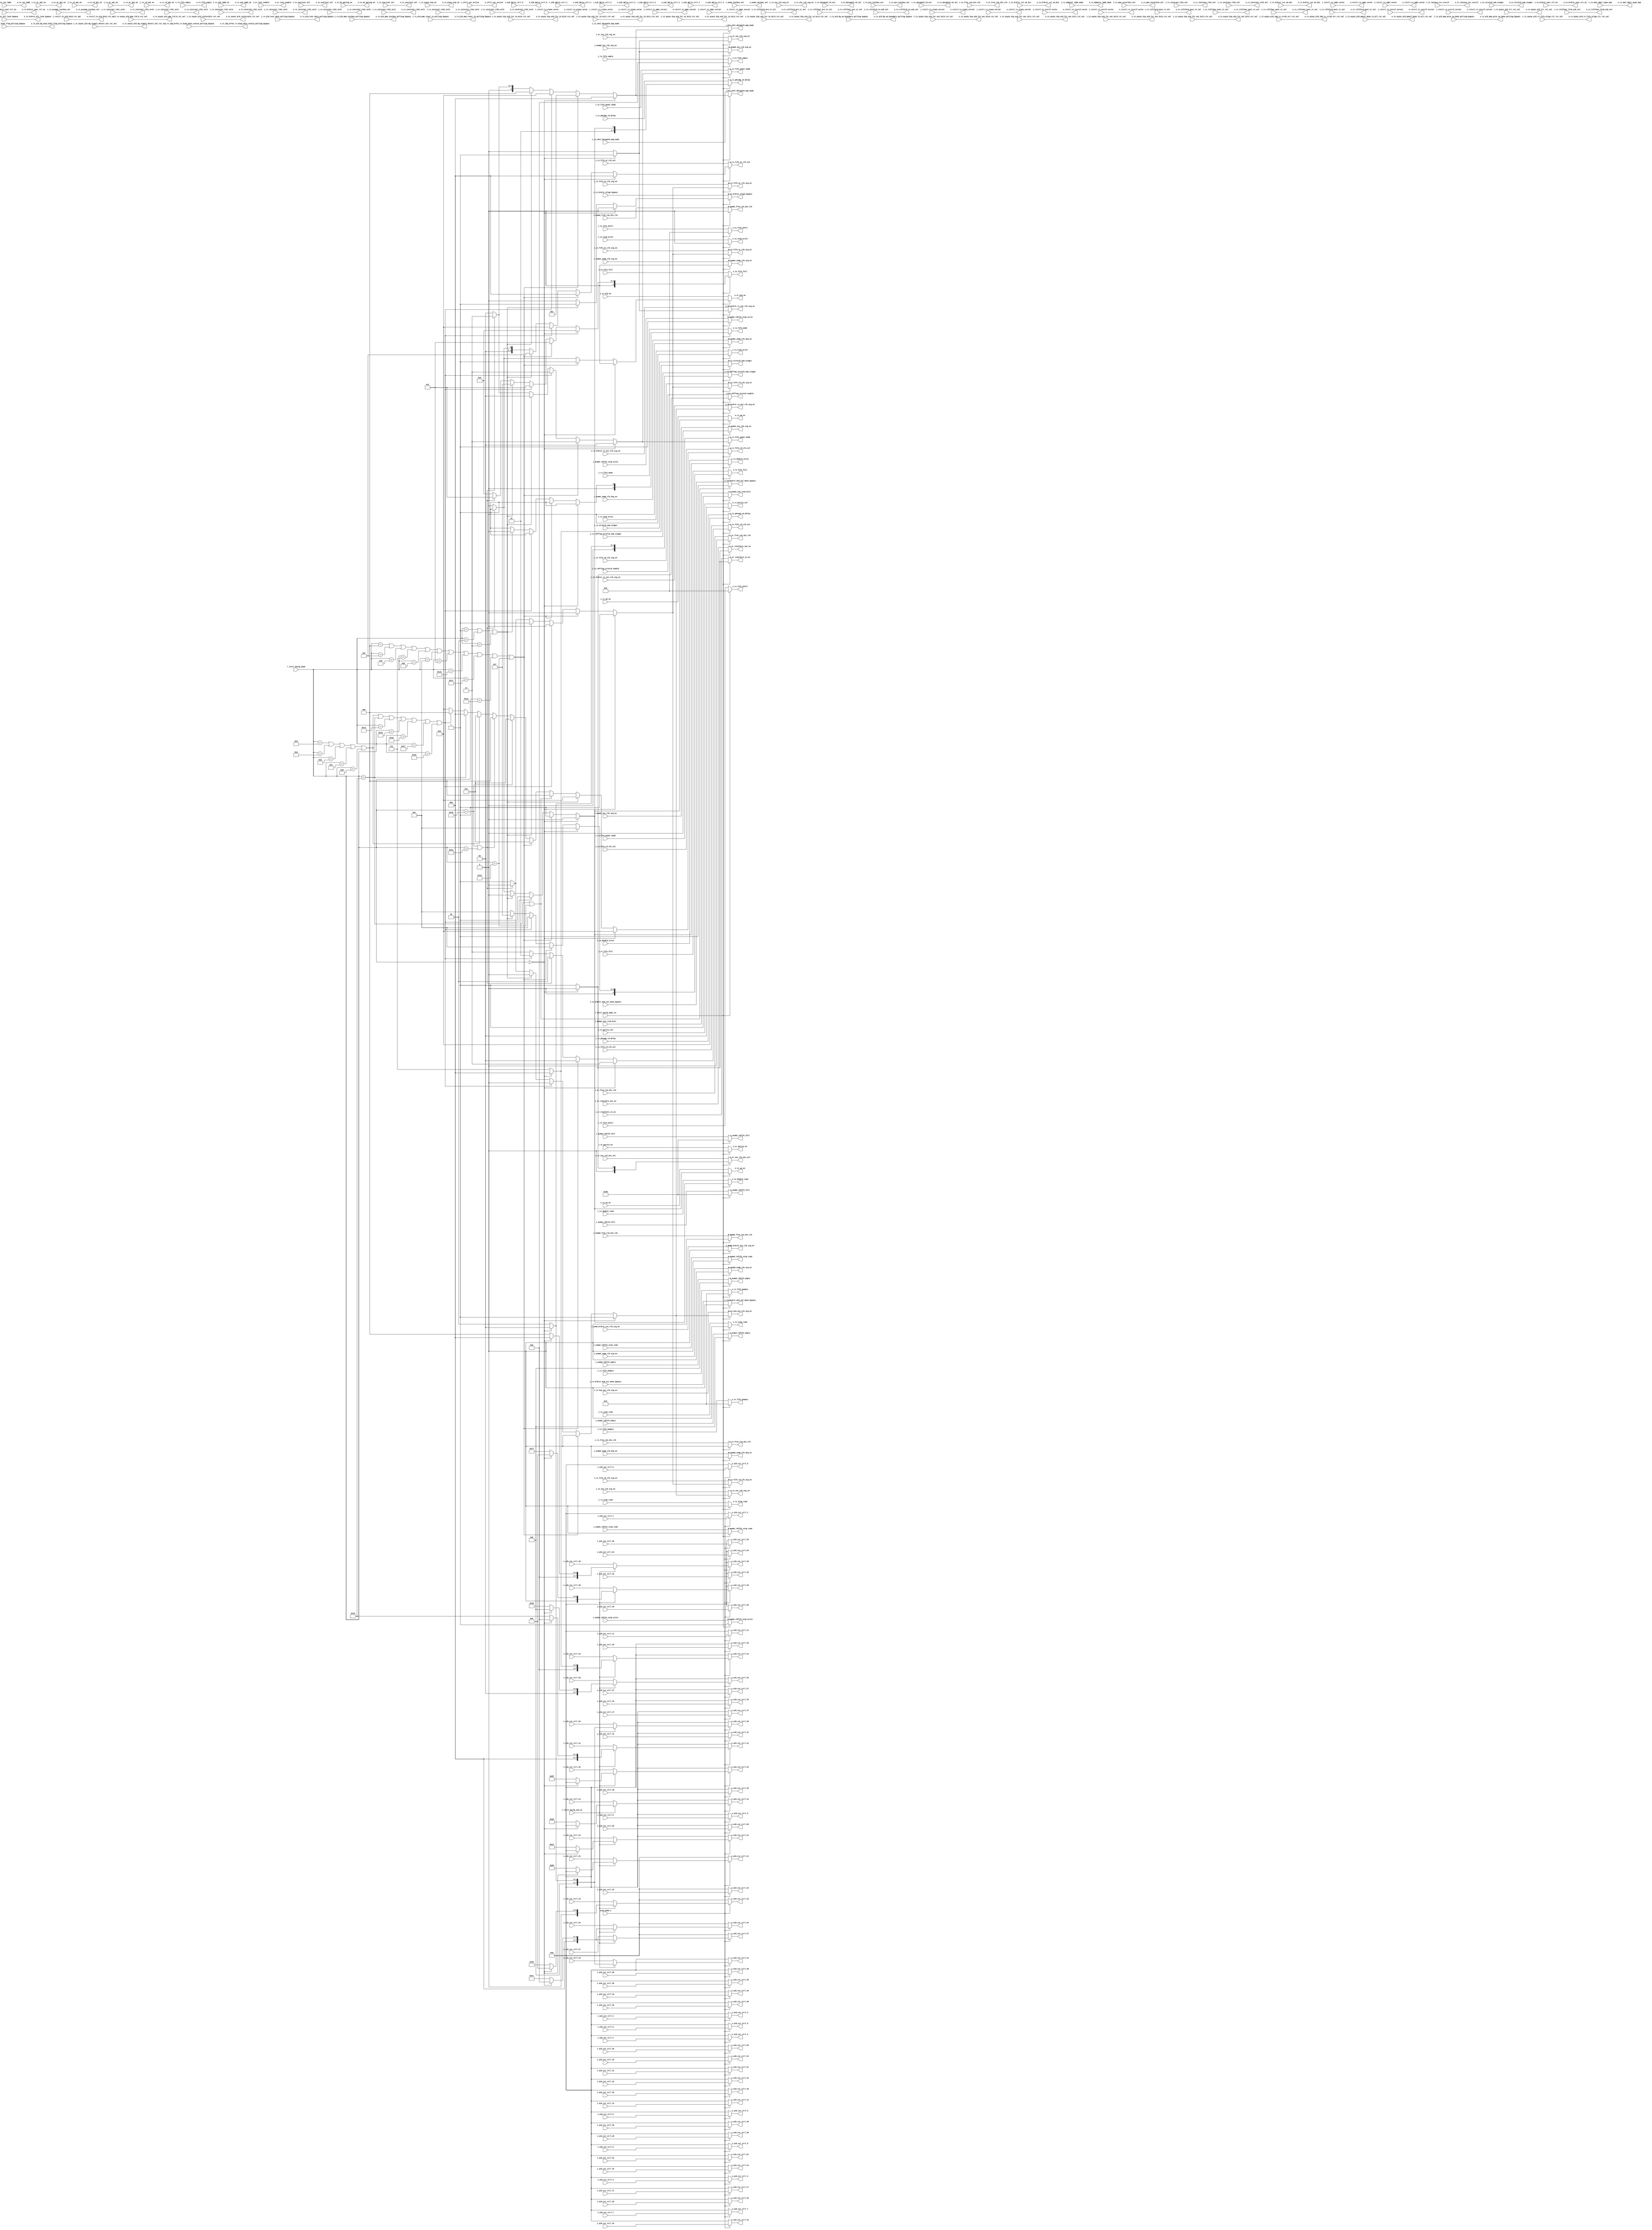
// This program was cloned from: https://github.com/chipsalliance/aib-phy-hardware
// License: Apache License 2.0

// SPDX-License-Identifier: Apache-2.0
// Copyright (C) 2019 Intel Corporation. 
//-----------------------------------------------------------------------------
// Copyright (C) 2015 Altera Corporation.  

//-----------------------------------------------------------------------------
// Description: Hardware-based configuration decoding logic
//
//
//---------------------------------------------------------------------------
//
//
//-----------------------------------------------------------------------------
// Change log
//
//
//
//
//-----------------------------------------------------------------------------
module c3aibadapt_hwcfg_dec (

  output wire           o_ifctl_usr_active,
  output wire [2:0]     o_tx_chnl_datapath_map_mode,
  output wire           o_tx_usertest_sel,
  output wire           o_tx_latency_src_xcvrif,
  output wire [4:0]     o_tx_fifo_empty,
  output wire [4:0]     o_tx_fifo_full,
  output wire [2:0]     o_tx_phcomp_rd_delay,
  output wire           o_tx_double_read,
  output wire           o_tx_stop_read,
  output wire           o_tx_stop_write,
  output wire [4:0]     o_tx_fifo_pempty,
  output wire [4:0]     o_tx_fifo_pfull,
  output wire           o_tx_wa_en,
  output wire [1:0]     o_tx_fifo_power_mode,
  output wire [2:0]     o_tx_stretch_num_stages,
  output wire [2:0]     o_tx_datapath_tb_sel,
  output wire           o_tx_wr_adj_en,
  output wire           o_tx_rd_adj_en,
  output wire           o_tx_async_pld_txelecidle_rst_val,
  output wire           o_tx_async_hip_aib_fsr_in_bit0_rst_val,
  output wire           o_tx_async_hip_aib_fsr_in_bit1_rst_val,
  output wire           o_tx_async_hip_aib_fsr_in_bit2_rst_val,
  output wire           o_tx_async_hip_aib_fsr_in_bit3_rst_val,
  output wire           o_tx_async_pld_pmaif_mask_tx_pll_rst_val,
  output wire           o_tx_async_hip_aib_fsr_out_bit0_rst_val,
  output wire           o_tx_async_hip_aib_fsr_out_bit1_rst_val,
  output wire           o_tx_async_hip_aib_fsr_out_bit2_rst_val,
  output wire           o_tx_async_hip_aib_fsr_out_bit3_rst_val,
  output wire [1:0]     o_tx_fifo_rd_clk_sel,
  output wire           o_tx_fifo_wr_clk_scg_en,
  output wire           o_tx_fifo_rd_clk_scg_en,
  output wire           o_tx_osc_clk_scg_en,
  output wire           o_tx_free_run_div_clk,
  output wire           o_tx_hrdrst_rst_sm_dis,
  output wire           o_tx_hrdrst_dcd_cal_done_bypass,
  output wire           o_tx_hrdrst_dll_lock_bypass,
  output wire           o_tx_hrdrst_align_bypass,
  output wire           o_tx_hrdrst_user_ctl_en,
  output wire           o_tx_hrdrst_rx_osc_clk_scg_en,
  output wire           o_tx_hip_osc_clk_scg_en,
  output wire [2:0]     o_rx_chnl_datapath_map_mode,
  output wire [2:0]     o_rx_pcs_testbus_sel,
  output wire [4:0]     o_rx_fifo_empty,
  output wire [1:0]     o_rx_fifo_mode,
  output wire           o_rx_wm_en,
  output wire [4:0]     o_rx_fifo_full,
  output wire [2:0]     o_rx_phcomp_rd_delay,
  output wire           o_rx_double_write,
  output wire           o_rx_stop_read,
  output wire           o_rx_stop_write,
  output wire [4:0]     o_rx_fifo_pempty,
  output wire [1:0]     o_rx_fifo_power_mode,
  output wire [4:0]     o_rx_fifo_pfull,
  output wire [2:0]     o_rx_stretch_num_stages,
  output wire [3:0]     o_rx_datapath_tb_sel,
  output wire           o_rx_wr_adj_en,
  output wire           o_rx_rd_adj_en,
  output wire           o_rx_msb_rdptr_pipe_byp,
  output wire           o_tx_dv_gating_en,
  output wire [1:0]     o_rx_adapter_lpbk_mode,
  output wire           o_rx_aib_lpbk_en,
  output wire           o_tx_rev_lpbk,
  output wire           o_rx_hrdrst_user_ctl_en,
  output wire [1:0]     o_rx_usertest_sel,
  output wire           o_rx_pld_8g_a1a2_k1k2_flag_polling_bypass,
  output wire           o_rx_10g_krfec_rx_diag_data_status_polling_bypass,
  output wire           o_rx_pld_8g_wa_boundary_polling_bypass,
  output wire           o_rx_pcspma_testbus_sel,
  output wire           o_rx_pld_pma_pcie_sw_done_polling_bypass,
  output wire           o_rx_pld_pma_reser_in_polling_bypass,
  output wire           o_rx_pld_pma_testbus_polling_bypass,
  output wire           o_rx_pld_test_data_polling_bypass,
  output wire           o_rx_async_pld_ltr_rst_val,
  output wire           o_rx_async_pld_pma_ltd_b_rst_val,
  output wire           o_rx_async_pld_8g_signal_detect_out_rst_val,
  output wire           o_rx_async_pld_10g_rx_crc32_err_rst_val,
  output wire           o_rx_async_pld_rx_fifo_align_clr_rst_val,
  output wire           o_rx_async_hip_en,
  output wire   [1:0]   o_rx_parity_sel,
  output wire           o_rx_internal_clk1_sel0,
  output wire           o_rx_internal_clk1_sel1,
  output wire           o_rx_internal_clk1_sel2,
  output wire           o_rx_internal_clk1_sel3,
  output wire           o_rx_txfiford_pre_ct_sel,
  output wire           o_rx_txfiford_post_ct_sel,
  output wire           o_rx_txfifowr_post_ct_sel,
  output wire           o_rx_txfifowr_from_aib_sel,
  output wire           o_rx_pma_coreclkin_sel,
  output wire [2:0]     o_rx_fifo_wr_clk_sel,
  output wire [2:0]     o_rx_fifo_rd_clk_sel,
  output wire [3:0]     o_rx_internal_clk1_sel,
  output wire [3:0]     o_rx_internal_clk2_sel,
  output wire           o_rx_fifo_wr_clk_scg_en,
  output wire           o_rx_fifo_rd_clk_scg_en,
  output wire           o_rx_osc_clk_scg_en,
  output wire           o_rx_free_run_div_clk,
  output wire           o_rx_hrdrst_rst_sm_dis,
  output wire           o_rx_hrdrst_dcd_cal_done_bypass,
  output wire           o_rx_rmfflag_stretch_enable,
  output wire [2:0]     o_rx_rmfflag_stretch_num_stages,
  output wire           o_rx_hrdrst_rx_osc_clk_scg_en,
  output  wire          o_rx_internal_clk2_sel0,
  output  wire          o_rx_internal_clk2_sel1,
  output  wire          o_rx_internal_clk2_sel2,
  output  wire          o_rx_internal_clk2_sel3,
  output  wire          o_rx_rxfifowr_pre_ct_sel,
  output  wire          o_rx_rxfifowr_post_ct_sel,
  output  wire          o_rx_rxfiford_post_ct_sel,
  output  wire          o_rx_rxfiford_to_aib_sel,
  output wire           o_avmm2_osc_clk_scg_en,
  output wire           o_sr_hip_en,
  output wire           o_sr_reserbits_in_en,
  output wire           o_sr_reserbits_out_en,
  output wire           o_sr_osc_clk_scg_en,
  output wire [1:0]     o_sr_osc_clk_div_sel,
  output wire           o_sr_free_run_div_clk,
  output wire           o_sr_test_enable,
  output wire           o_sr_parity_en,
  output wire [7:0]     o_aib_dprio_ctrl_0,
  output wire [7:0]     o_aib_dprio_ctrl_1,
  output wire [7:0]     o_aib_dprio_ctrl_2,
  output wire [7:0]     o_aib_dprio_ctrl_3,
  output wire [7:0]     o_aib_dprio_ctrl_4,
  output wire           o_avmm_hrdrst_osc_clk_scg_en,
  output wire [1:0]     o_avmm_testbus_sel,
  output wire           o_avmm1_osc_clk_scg_en,
  output wire           o_avmm1_avmm_clk_scg_en,
  output wire           o_avmm1_avmm_clk_dcg_en,
  output wire           o_avmm1_free_run_div_clk,
  output wire [5:0]     o_avmm1_rdfifo_full,
  output wire           o_avmm1_rdfifo_stop_read,
  output wire           o_avmm1_rdfifo_stop_write,
  output wire [5:0]     o_avmm1_rdfifo_empty,
  output wire           o_avmm1_use_rsvd_bit1,
  output wire           o_avmm2_avmm_clk_scg_en,
  output wire           o_avmm2_avmm_clk_dcg_en,
  output wire           o_avmm2_free_run_div_clk,
  output wire [5:0]     o_avmm2_rdfifo_full,
  output wire           o_avmm2_rdfifo_stop_read,
  output wire           o_avmm2_rdfifo_stop_write,
  output wire [5:0]     o_avmm2_rdfifo_empty,
  output wire           o_rstctl_tx_elane_ovrval,
  output wire           o_rstctl_tx_elane_ovren,
  output wire           o_rstctl_rx_elane_ovrval,
  output wire           o_rstctl_rx_elane_ovren,
  output wire           o_rstctl_tx_xcvrif_ovrval,
  output wire           o_rstctl_tx_xcvrif_ovren,
  output wire           o_rstctl_rx_xcvrif_ovrval,
  output wire           o_rstctl_rx_xcvrif_ovren,
  output wire           o_rstctl_tx_adpt_ovrval,
  output wire           o_rstctl_tx_adpt_ovren,
  output wire           o_rstctl_rx_adpt_ovrval,
  output wire           o_rstctl_rx_adpt_ovren,
  output wire           o_rstctl_tx_pld_div2_rst_opt ,
  output wire [7:0]     o_aib_csr_ctrl_0,
  output wire [7:0]     o_aib_csr_ctrl_1,
  output wire [7:0]     o_aib_csr_ctrl_2,
  output wire [7:0]     o_aib_csr_ctrl_3,
  output wire [7:0]     o_aib_csr_ctrl_4,
  output wire [7:0]     o_aib_csr_ctrl_5,
  output wire [7:0]     o_aib_csr_ctrl_6,
  output wire [7:0]     o_aib_csr_ctrl_7,
  output wire [7:0]     o_aib_csr_ctrl_8,
  output wire [7:0]     o_aib_csr_ctrl_9,
  output wire [7:0]     o_aib_csr_ctrl_10,
  output wire [7:0]     o_aib_csr_ctrl_11,
  output wire [7:0]     o_aib_csr_ctrl_12,
  output wire [7:0]     o_aib_csr_ctrl_13,
  output wire [7:0]     o_aib_csr_ctrl_14,
  output wire [7:0]     o_aib_csr_ctrl_15,
  output wire [7:0]     o_aib_csr_ctrl_16,
  output wire [7:0]     o_aib_csr_ctrl_17,
  output wire [7:0]     o_aib_csr_ctrl_18,
  output wire [7:0]     o_aib_csr_ctrl_19,
  output wire [7:0]     o_aib_csr_ctrl_20,
  output wire [7:0]     o_aib_csr_ctrl_21,
  output wire [7:0]     o_aib_csr_ctrl_22,
  output wire [7:0]     o_aib_csr_ctrl_23,
  output wire [7:0]     o_aib_csr_ctrl_24,
  output wire [7:0]     o_aib_csr_ctrl_25,
  output wire [7:0]     o_aib_csr_ctrl_26,
  output wire [7:0]     o_aib_csr_ctrl_27,
  output wire [7:0]     o_aib_csr_ctrl_28,
  output wire [7:0]     o_aib_csr_ctrl_29,
  output wire [7:0]     o_aib_csr_ctrl_30,
  output wire [7:0]     o_aib_csr_ctrl_31,
  output wire [7:0]     o_aib_csr_ctrl_32,
  output wire [7:0]     o_aib_csr_ctrl_33,
  output wire [7:0]     o_aib_csr_ctrl_34,
  output wire [7:0]     o_aib_csr_ctrl_35,
  output wire [7:0]     o_aib_csr_ctrl_36,
  output wire [7:0]     o_aib_csr_ctrl_37,
  output wire [7:0]     o_aib_csr_ctrl_38,
  output wire [7:0]     o_aib_csr_ctrl_39,
  output wire [7:0]     o_aib_csr_ctrl_40,
  output wire [7:0]     o_aib_csr_ctrl_41,
  output wire [7:0]     o_aib_csr_ctrl_42,
  output wire [7:0]     o_aib_csr_ctrl_43,
  output wire [7:0]     o_aib_csr_ctrl_44,
  output wire [7:0]     o_aib_csr_ctrl_45,
  output wire [7:0]     o_aib_csr_ctrl_46,
  output wire [7:0]     o_aib_csr_ctrl_47,
  output wire [7:0]     o_aib_csr_ctrl_48,
  output wire [7:0]     o_aib_csr_ctrl_49,
  output wire [7:0]     o_aib_csr_ctrl_50,
  output wire [7:0]     o_aib_csr_ctrl_51,
  output wire [7:0]     o_aib_csr_ctrl_52,
  output wire [7:0]     o_aib_csr_ctrl_53,
  
  input  wire           scan_mode_n,
  input  wire           r_ifctl_hwcfg_aib_en,
  input  wire           r_ifctl_hwcfg_adpt_en,
  input  wire [6:0]     r_ifctl_hwcfg_mode,
  input  wire           i_ifctl_usr_active,
  input  wire [2:0]     i_tx_chnl_datapath_map_mode,
  input  wire           i_tx_usertest_sel,
  input  wire           i_tx_latency_src_xcvrif,
  input  wire [4:0]     i_tx_fifo_empty,
  input  wire [4:0]     i_tx_fifo_full,
  input  wire [2:0]     i_tx_phcomp_rd_delay,
  input  wire           i_tx_double_read,
  input  wire           i_tx_stop_read,
  input  wire           i_tx_stop_write,
  input  wire [4:0]     i_tx_fifo_pempty,
  input  wire [4:0]     i_tx_fifo_pfull,
  input  wire           i_tx_wa_en,
  input  wire [1:0]     i_tx_fifo_power_mode,
  input  wire [2:0]     i_tx_stretch_num_stages,
  input  wire [2:0]     i_tx_datapath_tb_sel,
  input  wire           i_tx_wr_adj_en,
  input  wire           i_tx_rd_adj_en,
  input  wire           i_tx_async_pld_txelecidle_rst_val,
  input  wire           i_tx_async_hip_aib_fsr_in_bit0_rst_val,
  input  wire           i_tx_async_hip_aib_fsr_in_bit1_rst_val,
  input  wire           i_tx_async_hip_aib_fsr_in_bit2_rst_val,
  input  wire           i_tx_async_hip_aib_fsr_in_bit3_rst_val,
  input  wire           i_tx_async_pld_pmaif_mask_tx_pll_rst_val,
  input  wire           i_tx_async_hip_aib_fsr_out_bit0_rst_val,
  input  wire           i_tx_async_hip_aib_fsr_out_bit1_rst_val,
  input  wire           i_tx_async_hip_aib_fsr_out_bit2_rst_val,
  input  wire           i_tx_async_hip_aib_fsr_out_bit3_rst_val,
  input  wire [1:0]     i_tx_fifo_rd_clk_sel,
  input  wire           i_tx_fifo_wr_clk_scg_en,
  input  wire           i_tx_fifo_rd_clk_scg_en,
  input  wire           i_tx_osc_clk_scg_en,
  input  wire           i_tx_free_run_div_clk,
  input  wire           i_tx_hrdrst_rst_sm_dis,
  input  wire           i_tx_hrdrst_dcd_cal_done_bypass,
  input  wire           i_tx_hrdrst_dll_lock_bypass,
  input  wire           i_tx_hrdrst_align_bypass,
  input  wire           i_tx_hrdrst_user_ctl_en,
  input  wire           i_tx_hrdrst_rx_osc_clk_scg_en,
  input  wire           i_tx_hip_osc_clk_scg_en,
  input  wire [2:0]     i_rx_chnl_datapath_map_mode,
  input  wire [2:0]     i_rx_pcs_testbus_sel,
  input  wire [4:0]     i_rx_fifo_empty,
  input  wire [1:0]     i_rx_fifo_mode,
  input  wire           i_rx_wm_en,
  input  wire [4:0]     i_rx_fifo_full,
  input  wire [2:0]     i_rx_phcomp_rd_delay,
  input  wire           i_rx_double_write,
  input  wire           i_rx_stop_read,
  input  wire           i_rx_stop_write,
  input  wire [4:0]     i_rx_fifo_pempty,
  input  wire [1:0]     i_rx_fifo_power_mode,
  input  wire [4:0]     i_rx_fifo_pfull,
  input  wire [2:0]     i_rx_stretch_num_stages,
  input  wire [3:0]     i_rx_datapath_tb_sel,
  input  wire           i_rx_wr_adj_en,
  input  wire           i_rx_rd_adj_en,
  input  wire           i_rx_msb_rdptr_pipe_byp,
  input  wire           i_tx_dv_gating_en,
  input  wire [1:0]     i_rx_adapter_lpbk_mode,
  input  wire           i_rx_aib_lpbk_en,
  input  wire           i_tx_rev_lpbk,
  input  wire           i_rx_hrdrst_user_ctl_en,
  input  wire [1:0]     i_rx_usertest_sel,
  input  wire           i_rx_pld_8g_a1a2_k1k2_flag_polling_bypass,
  input  wire           i_rx_10g_krfec_rx_diag_data_status_polling_bypass,
  input  wire           i_rx_pld_8g_wa_boundary_polling_bypass,
  input  wire           i_rx_pcspma_testbus_sel,
  input  wire           i_rx_pld_pma_pcie_sw_done_polling_bypass,
  input  wire           i_rx_pld_pma_reser_in_polling_bypass,
  input  wire           i_rx_pld_pma_testbus_polling_bypass,
  input  wire           i_rx_pld_test_data_polling_bypass,
  input  wire           i_rx_async_pld_ltr_rst_val,
  input  wire           i_rx_async_pld_pma_ltd_b_rst_val,
  input  wire           i_rx_async_pld_8g_signal_detect_out_rst_val,
  input  wire           i_rx_async_pld_10g_rx_crc32_err_rst_val,
  input  wire           i_rx_async_pld_rx_fifo_align_clr_rst_val,
  input  wire           i_rx_async_hip_en,
  input  wire   [1:0]   i_rx_parity_sel,
  input  wire           i_rx_internal_clk1_sel0,
  input  wire           i_rx_internal_clk1_sel1,
  input  wire           i_rx_internal_clk1_sel2,
  input  wire           i_rx_internal_clk1_sel3,
  input  wire           i_rx_txfiford_pre_ct_sel,
  input  wire           i_rx_txfiford_post_ct_sel,
  input  wire           i_rx_txfifowr_post_ct_sel,
  input  wire           i_rx_txfifowr_from_aib_sel,
  input  wire           i_rx_pma_coreclkin_sel,
  input  wire [2:0]     i_rx_fifo_wr_clk_sel,
  input  wire [2:0]     i_rx_fifo_rd_clk_sel,
  input  wire [3:0]     i_rx_internal_clk1_sel,
  input  wire [3:0]     i_rx_internal_clk2_sel,
  input  wire           i_rx_fifo_wr_clk_scg_en,
  input  wire           i_rx_fifo_rd_clk_scg_en,
  input  wire           i_rx_osc_clk_scg_en,
  input  wire           i_rx_free_run_div_clk,
  input  wire           i_rx_hrdrst_rst_sm_dis,
  input  wire           i_rx_hrdrst_dcd_cal_done_bypass,
  input  wire           i_rx_rmfflag_stretch_enable,
  input  wire [2:0]     i_rx_rmfflag_stretch_num_stages,
  input  wire           i_rx_hrdrst_rx_osc_clk_scg_en,
  input   wire          i_rx_internal_clk2_sel0,
  input   wire          i_rx_internal_clk2_sel1,
  input   wire          i_rx_internal_clk2_sel2,
  input   wire          i_rx_internal_clk2_sel3,
  input   wire          i_rx_rxfifowr_pre_ct_sel,
  input   wire          i_rx_rxfifowr_post_ct_sel,
  input   wire          i_rx_rxfiford_post_ct_sel,
  input   wire          i_rx_rxfiford_to_aib_sel,
  input  wire           i_avmm2_osc_clk_scg_en,
  input  wire           i_sr_hip_en,
  input  wire           i_sr_reserbits_in_en,
  input  wire           i_sr_reserbits_out_en,
  input  wire           i_sr_osc_clk_scg_en,
  input  wire [1:0]     i_sr_osc_clk_div_sel,
  input  wire           i_sr_free_run_div_clk,
  input  wire           i_sr_test_enable,
  input  wire           i_sr_parity_en,
  input  wire [7:0]     i_aib_dprio_ctrl_0,
  input  wire [7:0]     i_aib_dprio_ctrl_1,
  input  wire [7:0]     i_aib_dprio_ctrl_2,
  input  wire [7:0]     i_aib_dprio_ctrl_3,
  input  wire [7:0]     i_aib_dprio_ctrl_4,
  input  wire           i_avmm_hrdrst_osc_clk_scg_en,
  input  wire [1:0]     i_avmm_testbus_sel,
  input  wire           i_avmm1_osc_clk_scg_en,
  input  wire           i_avmm1_avmm_clk_scg_en,
  input  wire           i_avmm1_avmm_clk_dcg_en,
  input  wire           i_avmm1_free_run_div_clk,
  input  wire [5:0]     i_avmm1_rdfifo_full,
  input  wire           i_avmm1_rdfifo_stop_read,
  input  wire           i_avmm1_rdfifo_stop_write,
  input  wire [5:0]     i_avmm1_rdfifo_empty,
  input  wire           i_avmm1_use_rsvd_bit1,
  input  wire           i_avmm2_avmm_clk_scg_en,
  input  wire           i_avmm2_avmm_clk_dcg_en,
  input  wire           i_avmm2_free_run_div_clk,
  input  wire [5:0]     i_avmm2_rdfifo_full,
  input  wire           i_avmm2_rdfifo_stop_read,
  input  wire           i_avmm2_rdfifo_stop_write,
  input  wire [5:0]     i_avmm2_rdfifo_empty,
  input  wire           i_rstctl_tx_elane_ovrval,
  input  wire           i_rstctl_tx_elane_ovren,
  input  wire           i_rstctl_rx_elane_ovrval,
  input  wire           i_rstctl_rx_elane_ovren,
  input  wire           i_rstctl_tx_xcvrif_ovrval,
  input  wire           i_rstctl_tx_xcvrif_ovren,
  input  wire           i_rstctl_rx_xcvrif_ovrval,
  input  wire           i_rstctl_rx_xcvrif_ovren,
  input  wire           i_rstctl_tx_adpt_ovrval,
  input  wire           i_rstctl_tx_adpt_ovren,
  input  wire           i_rstctl_rx_adpt_ovrval,
  input  wire           i_rstctl_rx_adpt_ovren,
  input  wire           i_rstctl_tx_pld_div2_rst_opt ,
  input  wire [7:0]     i_aib_csr_ctrl_0,
  input  wire [7:0]     i_aib_csr_ctrl_1,
  input  wire [7:0]     i_aib_csr_ctrl_2,
  input  wire [7:0]     i_aib_csr_ctrl_3,
  input  wire [7:0]     i_aib_csr_ctrl_4,
  input  wire [7:0]     i_aib_csr_ctrl_5,
  input  wire [7:0]     i_aib_csr_ctrl_6,
  input  wire [7:0]     i_aib_csr_ctrl_7,
  input  wire [7:0]     i_aib_csr_ctrl_8,
  input  wire [7:0]     i_aib_csr_ctrl_9,
  input  wire [7:0]     i_aib_csr_ctrl_10,
  input  wire [7:0]     i_aib_csr_ctrl_11,
  input  wire [7:0]     i_aib_csr_ctrl_12,
  input  wire [7:0]     i_aib_csr_ctrl_13,
  input  wire [7:0]     i_aib_csr_ctrl_14,
  input  wire [7:0]     i_aib_csr_ctrl_15,
  input  wire [7:0]     i_aib_csr_ctrl_16,
  input  wire [7:0]     i_aib_csr_ctrl_17,
  input  wire [7:0]     i_aib_csr_ctrl_18,
  input  wire [7:0]     i_aib_csr_ctrl_19,
  input  wire [7:0]     i_aib_csr_ctrl_20,
  input  wire [7:0]     i_aib_csr_ctrl_21,
  input  wire [7:0]     i_aib_csr_ctrl_22,
  input  wire [7:0]     i_aib_csr_ctrl_23,
  input  wire [7:0]     i_aib_csr_ctrl_24,
  input  wire [7:0]     i_aib_csr_ctrl_25,
  input  wire [7:0]     i_aib_csr_ctrl_26,
  input  wire [7:0]     i_aib_csr_ctrl_27,
  input  wire [7:0]     i_aib_csr_ctrl_28,
  input  wire [7:0]     i_aib_csr_ctrl_29,
  input  wire [7:0]     i_aib_csr_ctrl_30,
  input  wire [7:0]     i_aib_csr_ctrl_31,
  input  wire [7:0]     i_aib_csr_ctrl_32,
  input  wire [7:0]     i_aib_csr_ctrl_33,
  input  wire [7:0]     i_aib_csr_ctrl_34,
  input  wire [7:0]     i_aib_csr_ctrl_35,
  input  wire [7:0]     i_aib_csr_ctrl_36,
  input  wire [7:0]     i_aib_csr_ctrl_37,
  input  wire [7:0]     i_aib_csr_ctrl_38,
  input  wire [7:0]     i_aib_csr_ctrl_39,
  input  wire [7:0]     i_aib_csr_ctrl_40,
  input  wire [7:0]     i_aib_csr_ctrl_41,
  input  wire [7:0]     i_aib_csr_ctrl_42,
  input  wire [7:0]     i_aib_csr_ctrl_43,
  input  wire [7:0]     i_aib_csr_ctrl_44,
  input  wire [7:0]     i_aib_csr_ctrl_45,
  input  wire [7:0]     i_aib_csr_ctrl_46,
  input  wire [7:0]     i_aib_csr_ctrl_47,
  input  wire [7:0]     i_aib_csr_ctrl_48,
  input  wire [7:0]     i_aib_csr_ctrl_49,
  input  wire [7:0]     i_aib_csr_ctrl_50,
  input  wire [7:0]     i_aib_csr_ctrl_51,
  input  wire [7:0]     i_aib_csr_ctrl_52,
  input  wire [7:0]     i_aib_csr_ctrl_53 
);

localparam DISABLED_BLOCK        = 7'b000_0000;
localparam PMA_DIR_SC            = 7'b000_0001;
localparam PMA_DIR_DC_P0         = 7'b000_0010;
localparam PMA_DIR_DC_P1         = 7'b000_0011;
localparam EHIP_4CH_P0           = 7'b000_0100;
localparam EHIP_4CH_P1           = 7'b000_0101;
localparam EHIP_4CH_P2           = 7'b000_0110;
localparam EHIP_4CH_P3           = 7'b000_0111;
localparam EHIP_4CH_P4           = 7'b000_1000;
localparam ELANE_1CH_P0          = 7'b000_1001;
localparam ELANE_1CH_P1          = 7'b000_1010;
localparam ELANE_1CH_P2          = 7'b000_1011;
localparam ELANE_1CH_P3          = 7'b000_1100;
localparam ELANE_1CH_P4          = 7'b000_1101;
localparam EHIP_4CH_FEC_P0       = 7'b000_1110;
localparam EHIP_4CH_FEC_P1       = 7'b000_1111;
localparam EHIP_4CH_FEC_P2       = 7'b001_0000;
localparam EHIP_4CH_FEC_P3       = 7'b001_0001;
localparam EHIP_4CH_FEC_P4       = 7'b001_0010;
localparam EHIP_4CH_PTP_FEC      = 7'b001_0011;
localparam ELANE_1CH_FEC_4CH_P0  = 7'b001_0100;
localparam ELANE_1CH_FEC_4CH_P1  = 7'b001_0101;
localparam ELANE_1CH_FEC_4CH_P2  = 7'b001_0110;
localparam ELANE_1CH_FEC_4CH_P3  = 7'b001_0111;
localparam ELANE_1CH_FEC_4CH_P4  = 7'b001_1000;
localparam ELANE_1CH_FEC_4CH_PTP = 7'b001_1001;
localparam DIRFEC_1CH_DIRFEC_4CH = 7'b001_1010;
localparam DIRFEC_100G           = 7'b001_1011;

localparam ADPT_ENABLE              = 1'b1;
localparam ADPT_DISABLE             = 1'b0;
localparam MAP_TX_DIS               = 3'b000;
localparam MAP_TX_EHIP              = 3'b001;
localparam MAP_TX_ELANE             = 3'b010;
localparam MAP_TX_PMADIR            = 3'b100;
localparam MAP_TX_RSFEC             = 3'b011;
localparam MAP_RX_DIS               = 3'b000;
localparam MAP_RX_EHIP              = 3'b001;
localparam MAP_RX_ELANE             = 3'b010;
localparam MAP_RX_RSFEC             = 3'b011;
localparam MAP_RX_PMADIR            = 3'b100;
localparam TXFIFO_EMPTY             = 5'b0_0000;
localparam TXFIFOFULL_SW            = 5'b0_0111;
localparam TXFIFOFULL_DW            = 5'b0_1111;
localparam PHCOMP_RD_DEL2           = 3'b010;
localparam PHCOMP_RD_DEL3           = 3'b011;
localparam RXFIFOMODE_PHCOMP        = 2'b01;
localparam RXFIFOMODE_BYPASS        = 2'b00;
localparam RXFIFOFULL_SW            = 5'b00111;
localparam RXFIFOFULL_DW            = 5'b01110;
localparam FIFOSTOPRD_EMPTY         = 1'b0;
localparam FIFOSTOPWR_FULL          = 1'b0;
localparam HALF_W_HALF_D            = 2'b00;
localparam FULL_W_FULL_D            = 2'b11;
localparam ZERO_STAGE               = 3'b000;
localparam SEVEN_STAGE              = 3'b111;
localparam RXFIFOWRCLK_RX_EHIP      = 3'b000;
localparam RXFIFOWRCLK_RX_RSFEC     = 3'b001;
localparam RXFIFOWRCLK_RX_ELANE     = 3'b010;
localparam RXFIFOWRCLK_XFER_DIV2    = 3'b101;
localparam RXFIFORDCLK_RX_PMA       = 3'b010;
localparam RXFIFORDCLK_TX_PMA       = 3'b011;
localparam RXFIFORDCLK_TX_XFER      = 3'b100;
localparam RXFIFORDCLK_RX_EHIP_FRD  = 3'b000;
localparam OUT_OF_RESET_SYNC        = 1'b0;
localparam RMFFLAG_ZERO_STAGE       = 3'b000;
localparam RMFFLAG_TWO_STAGE        = 3'b010;
localparam NO_DIV                   = 2'b00;
localparam DIV2                     = 2'b01;
localparam AVMM1_OUT_OF_RESET_SYNC  = 1'b0;
localparam AVMM1_RDFIFO_N_RD_EMPTY  = 1'b0;
localparam AVMM1_RDFIFO_N_WR_FULL   = 1'b1;
localparam AVMM2_OUT_OF_RESET_SYNC  = 1'b0;
localparam AVMM2_RDFIFO_N_RD_EMPTY  = 1'b0;
localparam AVMM2_RDFIFO_N_WR_FULL   = 1'b1;
localparam TXFIFORDCLK_TX_EHIP      = 2'b00;
localparam TXFIFORDCLK_TX_ELANE     = 2'b01;
localparam TXFIFORDCLK_TX_RSFEC     = 2'b10;
localparam TXFIFORDCLK_TX_XFER_DIV2 = 2'b11;
localparam SRPARITY_FUNC_SEL        = 2'b00;

wire block_disabled;
wire mode_pmadir;
wire mode_ehip;
wire mode_elane_pcs_rc;
wire mode_rsfec;
wire mode_dirfec;
wire mode_elane_ptp;
wire mode_elane_1ch;
wire mode_ptp_active;

assign block_disabled = (r_ifctl_hwcfg_mode == DISABLED_BLOCK);

assign mode_dirfec = (r_ifctl_hwcfg_mode == DIRFEC_100G);
assign mode_rsfec  = mode_dirfec || (r_ifctl_hwcfg_mode == DIRFEC_1CH_DIRFEC_4CH);

assign mode_pmadir = (r_ifctl_hwcfg_mode == PMA_DIR_SC)    ||
                     (r_ifctl_hwcfg_mode == PMA_DIR_DC_P0) ||
                     (r_ifctl_hwcfg_mode == PMA_DIR_DC_P1);

assign mode_ehip   = (r_ifctl_hwcfg_mode == EHIP_4CH_P0)     ||
                     (r_ifctl_hwcfg_mode == EHIP_4CH_P1)     ||
                     (r_ifctl_hwcfg_mode == EHIP_4CH_P2)     ||
                     (r_ifctl_hwcfg_mode == EHIP_4CH_P3)     ||
                     (r_ifctl_hwcfg_mode == EHIP_4CH_P4)     ||
                     (r_ifctl_hwcfg_mode == EHIP_4CH_FEC_P0) ||
                     (r_ifctl_hwcfg_mode == EHIP_4CH_FEC_P1) ||
                     (r_ifctl_hwcfg_mode == EHIP_4CH_FEC_P2) ||
                     (r_ifctl_hwcfg_mode == EHIP_4CH_FEC_P3) ||
                     (r_ifctl_hwcfg_mode == EHIP_4CH_FEC_P4) ||
                     (r_ifctl_hwcfg_mode == EHIP_4CH_PTP_FEC);

assign mode_elane_ptp    = (r_ifctl_hwcfg_mode == ELANE_1CH_FEC_4CH_PTP);

assign mode_elane_1ch    = (r_ifctl_hwcfg_mode == ELANE_1CH_P0)          ||
                           (r_ifctl_hwcfg_mode == ELANE_1CH_P1)          ||
                           (r_ifctl_hwcfg_mode == ELANE_1CH_P2)          ||
                           (r_ifctl_hwcfg_mode == ELANE_1CH_P3)          ||
                           (r_ifctl_hwcfg_mode == ELANE_1CH_P4);

assign mode_elane_pcs_rc = mode_elane_1ch                                ||
                           mode_elane_ptp                                ||
                           (r_ifctl_hwcfg_mode == ELANE_1CH_FEC_4CH_P0)  ||
                           (r_ifctl_hwcfg_mode == ELANE_1CH_FEC_4CH_P1)  ||
                           (r_ifctl_hwcfg_mode == ELANE_1CH_FEC_4CH_P2)  ||
                           (r_ifctl_hwcfg_mode == ELANE_1CH_FEC_4CH_P3)  ||
                           (r_ifctl_hwcfg_mode == ELANE_1CH_FEC_4CH_P4);

assign mode_ptp_active   = (r_ifctl_hwcfg_mode == ELANE_1CH_FEC_4CH_PTP) ||
                           (r_ifctl_hwcfg_mode == EHIP_4CH_PTP_FEC);

assign o_ifctl_usr_active                                =  i_ifctl_usr_active;
assign o_tx_chnl_datapath_map_mode                       =  r_ifctl_hwcfg_adpt_en ? 
                                                            block_disabled        ? MAP_TX_DIS    : 
                                                            mode_ehip             ? MAP_TX_EHIP   : 
                                                            mode_elane_pcs_rc     ? MAP_TX_ELANE  : 
                                                            mode_pmadir           ? MAP_TX_PMADIR : 
                                                            mode_rsfec            ? MAP_TX_RSFEC  : MAP_TX_DIS
                                                                                  : i_tx_chnl_datapath_map_mode;
assign o_tx_usertest_sel                                 =  i_tx_usertest_sel;
assign o_tx_latency_src_xcvrif                           =  i_tx_latency_src_xcvrif;
assign o_tx_fifo_empty                                   =  r_ifctl_hwcfg_adpt_en ? TXFIFO_EMPTY : i_tx_fifo_empty;
assign o_tx_fifo_full                                    =  r_ifctl_hwcfg_adpt_en ?
                                                            block_disabled        ? 5'd5          : 
                                                            mode_ehip             ? TXFIFOFULL_DW : 
                                                            mode_elane_pcs_rc     ? TXFIFOFULL_DW : 
                                                            mode_pmadir           ? TXFIFOFULL_SW : 
                                                            mode_rsfec            ? TXFIFOFULL_DW : 5'd5  
                                                                                  : i_tx_fifo_full;
assign o_tx_phcomp_rd_delay                              =  r_ifctl_hwcfg_adpt_en ? PHCOMP_RD_DEL2 : i_tx_phcomp_rd_delay;
assign o_tx_double_read                                  =  r_ifctl_hwcfg_adpt_en ?
                                                            block_disabled        ? ADPT_DISABLE :
                                                            mode_ehip             ? ADPT_ENABLE  : 
                                                            mode_elane_pcs_rc     ? ADPT_ENABLE  : 
                                                            mode_pmadir           ? ADPT_DISABLE : 
                                                            mode_rsfec            ? ADPT_ENABLE  : ADPT_DISABLE
                                                                                  : i_tx_double_read;

assign o_tx_stop_read                                    =  r_ifctl_hwcfg_adpt_en ? FIFOSTOPRD_EMPTY : i_tx_stop_read;
assign o_tx_stop_write                                   =  r_ifctl_hwcfg_adpt_en ? FIFOSTOPWR_FULL  : i_tx_stop_write;

assign o_tx_fifo_pempty                                  =  r_ifctl_hwcfg_adpt_en ? 5'd2 : i_tx_fifo_pempty;

assign o_tx_fifo_pfull                                   =  r_ifctl_hwcfg_adpt_en ? 5'd5 : i_tx_fifo_pfull;
assign o_tx_wa_en                                        =  r_ifctl_hwcfg_adpt_en ?
                                                            block_disabled        ? ADPT_DISABLE   : 
                                                            mode_ehip             ? ADPT_ENABLE    :
                                                            mode_elane_pcs_rc     ? ADPT_ENABLE    :
                                                            mode_pmadir           ? ADPT_DISABLE   :
                                                            mode_rsfec            ? ADPT_ENABLE    : ADPT_DISABLE
                                                                                  : i_tx_wa_en;
assign o_tx_fifo_power_mode                              =  r_ifctl_hwcfg_adpt_en ?
                                                            block_disabled        ? HALF_W_HALF_D : 
                                                            mode_ehip             ? FULL_W_FULL_D : 
                                                            mode_elane_pcs_rc     ? FULL_W_FULL_D : 
                                                            mode_pmadir           ? HALF_W_HALF_D : 
                                                            mode_rsfec            ? FULL_W_FULL_D : HALF_W_HALF_D
                                                                                  : i_tx_fifo_power_mode;
assign o_tx_stretch_num_stages                           =  i_tx_stretch_num_stages;
assign o_tx_datapath_tb_sel                              =  i_tx_datapath_tb_sel;
assign o_tx_wr_adj_en                                    =  i_tx_wr_adj_en;
assign o_tx_rd_adj_en                                    =  i_tx_rd_adj_en;
assign o_tx_async_pld_txelecidle_rst_val                 =  i_tx_async_pld_txelecidle_rst_val;
assign o_tx_async_hip_aib_fsr_in_bit0_rst_val            =  i_tx_async_hip_aib_fsr_in_bit0_rst_val;
assign o_tx_async_hip_aib_fsr_in_bit1_rst_val            =  i_tx_async_hip_aib_fsr_in_bit1_rst_val;
assign o_tx_async_hip_aib_fsr_in_bit2_rst_val            =  i_tx_async_hip_aib_fsr_in_bit2_rst_val;
assign o_tx_async_hip_aib_fsr_in_bit3_rst_val            =  i_tx_async_hip_aib_fsr_in_bit3_rst_val;
assign o_tx_async_pld_pmaif_mask_tx_pll_rst_val          =  i_tx_async_pld_pmaif_mask_tx_pll_rst_val;
assign o_tx_async_hip_aib_fsr_out_bit0_rst_val           =  i_tx_async_hip_aib_fsr_out_bit0_rst_val;
assign o_tx_async_hip_aib_fsr_out_bit1_rst_val           =  i_tx_async_hip_aib_fsr_out_bit1_rst_val;
assign o_tx_async_hip_aib_fsr_out_bit2_rst_val           =  i_tx_async_hip_aib_fsr_out_bit2_rst_val;
assign o_tx_async_hip_aib_fsr_out_bit3_rst_val           =  i_tx_async_hip_aib_fsr_out_bit3_rst_val;
assign o_tx_fifo_rd_clk_sel                              =  r_ifctl_hwcfg_adpt_en ?
                                                            block_disabled        ? TXFIFORDCLK_TX_XFER_DIV2 : 
                                                            mode_ehip             ? TXFIFORDCLK_TX_EHIP      : 
                                                            mode_rsfec            ? TXFIFORDCLK_TX_RSFEC     :
                                                            mode_elane_pcs_rc     ? TXFIFORDCLK_TX_ELANE     : TXFIFORDCLK_TX_XFER_DIV2
                                                                                  : i_tx_fifo_rd_clk_sel;
assign o_tx_fifo_wr_clk_scg_en                           =  r_ifctl_hwcfg_adpt_en ?
                                                            block_disabled        ? ADPT_ENABLE  : 
                                                            mode_ehip             ? ADPT_DISABLE : 
                                                            mode_elane_pcs_rc     ? ADPT_DISABLE : 
                                                            mode_pmadir           ? ADPT_ENABLE  : 
                                                            mode_rsfec            ? ADPT_DISABLE : ADPT_ENABLE
                                                                                  : i_tx_fifo_wr_clk_scg_en;
assign o_tx_fifo_rd_clk_scg_en                           =  r_ifctl_hwcfg_adpt_en ?
                                                            block_disabled        ? ADPT_ENABLE  : 
                                                            mode_ehip             ? ADPT_DISABLE : 
                                                            mode_elane_pcs_rc     ? ADPT_DISABLE : 
                                                            mode_pmadir           ? ADPT_ENABLE  : 
                                                            mode_rsfec            ? ADPT_DISABLE : ADPT_ENABLE
                                                                                  : i_tx_fifo_rd_clk_scg_en;
assign o_tx_osc_clk_scg_en                               =  r_ifctl_hwcfg_adpt_en ?
                                                            block_disabled        ? ADPT_ENABLE  :
                                                            mode_ehip             ? ADPT_DISABLE : 
                                                            mode_elane_pcs_rc     ? ADPT_DISABLE : 
                                                            mode_pmadir           ? ADPT_DISABLE : 
                                                            mode_rsfec            ? ADPT_DISABLE : ADPT_ENABLE
                                                                                  : i_tx_osc_clk_scg_en;
assign o_tx_free_run_div_clk                             =  i_tx_free_run_div_clk;
assign o_tx_hrdrst_rst_sm_dis                            =  i_tx_hrdrst_rst_sm_dis;
assign o_tx_hrdrst_dcd_cal_done_bypass                   =  mode_ptp_active ? ADPT_ENABLE : i_tx_hrdrst_dcd_cal_done_bypass;
assign o_tx_hrdrst_dll_lock_bypass                       =  i_tx_hrdrst_dll_lock_bypass;
assign o_tx_hrdrst_align_bypass                          =  r_ifctl_hwcfg_adpt_en ? 
                                                            block_disabled        ? ADPT_DISABLE  :
                                                            mode_pmadir           ? ADPT_ENABLE   : ADPT_DISABLE
                                                                                  : i_tx_hrdrst_align_bypass;
assign o_tx_hrdrst_user_ctl_en                           =  i_tx_hrdrst_user_ctl_en;
assign o_tx_hrdrst_rx_osc_clk_scg_en                     =  r_ifctl_hwcfg_adpt_en ? 
                                                            block_disabled        ? ADPT_ENABLE  : 
                                                            mode_ehip             ? ADPT_DISABLE : 
                                                            mode_elane_pcs_rc     ? ADPT_DISABLE : 
                                                            mode_pmadir           ? ADPT_DISABLE : 
                                                            mode_rsfec            ? ADPT_DISABLE : ADPT_ENABLE
                                                                                  : i_tx_hrdrst_rx_osc_clk_scg_en;
assign o_tx_hip_osc_clk_scg_en                           =  r_ifctl_hwcfg_adpt_en ?
                                                            block_disabled        ? ADPT_ENABLE  : 
                                                            mode_ehip             ? ADPT_DISABLE : 
                                                            mode_elane_pcs_rc     ? ADPT_DISABLE : 
                                                            mode_pmadir           ? ADPT_DISABLE : 
                                                            mode_rsfec            ? ADPT_DISABLE : ADPT_ENABLE
                                                                                  : i_tx_hip_osc_clk_scg_en;
assign o_rx_chnl_datapath_map_mode                       =  r_ifctl_hwcfg_adpt_en ?
                                                            block_disabled        ? MAP_RX_DIS    : 
                                                            mode_ehip             ? MAP_RX_EHIP   : 
                                                            mode_elane_pcs_rc     ? MAP_RX_ELANE  : 
                                                            mode_pmadir           ? MAP_RX_PMADIR : 
                                                            mode_rsfec            ? MAP_RX_RSFEC  : MAP_RX_DIS
                                                                                  : i_rx_chnl_datapath_map_mode;
assign o_rx_pcs_testbus_sel                              =  i_rx_pcs_testbus_sel;
assign o_rx_fifo_empty                                   =  i_rx_fifo_empty;
assign o_rx_fifo_mode                                    =  r_ifctl_hwcfg_adpt_en ? 
                                                            block_disabled        ? RXFIFOMODE_PHCOMP : 
                                                            mode_ehip             ? RXFIFOMODE_PHCOMP : 
                                                            mode_elane_pcs_rc     ? RXFIFOMODE_PHCOMP : 
                                                            mode_pmadir           ? RXFIFOMODE_BYPASS : 
                                                            mode_rsfec            ? RXFIFOMODE_PHCOMP : RXFIFOMODE_PHCOMP
                                                                                  : i_rx_fifo_mode;
assign o_rx_wm_en                                        =  r_ifctl_hwcfg_adpt_en ?
                                                            block_disabled        ? ADPT_DISABLE : 
                                                            mode_ehip             ? ADPT_ENABLE  : 
                                                            mode_elane_pcs_rc     ? ADPT_ENABLE  : 
                                                            mode_pmadir           ? ADPT_DISABLE : 
                                                            mode_rsfec            ? ADPT_ENABLE  : ADPT_DISABLE
                                                                                  : i_rx_wm_en;
assign o_rx_fifo_full                                    =  r_ifctl_hwcfg_adpt_en ?
                                                            block_disabled        ? RXFIFOFULL_DW : 
                                                            mode_ehip             ? RXFIFOFULL_DW : 
                                                            mode_elane_pcs_rc     ? RXFIFOFULL_DW : 
                                                            mode_pmadir           ? RXFIFOFULL_SW : 
                                                            mode_rsfec            ? RXFIFOFULL_DW : RXFIFOFULL_DW
                                                                                  : i_rx_fifo_full;
assign o_rx_phcomp_rd_delay                              =  r_ifctl_hwcfg_adpt_en ?
                                                            block_disabled        ? PHCOMP_RD_DEL2 :
                                                            mode_ehip             ? PHCOMP_RD_DEL3 : 
                                                            mode_elane_pcs_rc     ? PHCOMP_RD_DEL3 : 
                                                            mode_pmadir           ? PHCOMP_RD_DEL2 : 
                                                            mode_rsfec            ? PHCOMP_RD_DEL3 : PHCOMP_RD_DEL2
                                                                                  : i_rx_phcomp_rd_delay;
assign o_rx_double_write                                 =  r_ifctl_hwcfg_adpt_en ?
                                                            block_disabled        ? ADPT_DISABLE :
                                                            mode_ehip             ? ADPT_ENABLE  : 
                                                            mode_elane_pcs_rc     ? ADPT_ENABLE  : 
                                                            mode_pmadir           ? ADPT_DISABLE : 
                                                            mode_rsfec            ? ADPT_ENABLE  : ADPT_DISABLE
                                                                                  : i_rx_double_write;
assign o_rx_stop_read                                    =  r_ifctl_hwcfg_adpt_en ? FIFOSTOPRD_EMPTY : i_rx_stop_read;
assign o_rx_stop_write                                   =  r_ifctl_hwcfg_adpt_en ? FIFOSTOPWR_FULL  : i_rx_stop_write;
assign o_rx_fifo_pempty                                  =  r_ifctl_hwcfg_adpt_en ? 5'd2             : i_rx_fifo_pempty;
assign o_rx_fifo_power_mode                              =  r_ifctl_hwcfg_adpt_en ?
                                                            block_disabled        ? HALF_W_HALF_D :
                                                            mode_ehip             ? FULL_W_FULL_D : 
                                                            mode_elane_pcs_rc     ? FULL_W_FULL_D : 
                                                            mode_pmadir           ? HALF_W_HALF_D : 
                                                            mode_rsfec            ? FULL_W_FULL_D : HALF_W_HALF_D
                                                                                  : i_rx_fifo_power_mode;
assign o_rx_fifo_pfull                                   =  r_ifctl_hwcfg_adpt_en ? 5'd5 : i_rx_fifo_pfull;
assign o_rx_stretch_num_stages                           =  r_ifctl_hwcfg_adpt_en ? 
                                                            block_disabled        ? ZERO_STAGE : SEVEN_STAGE
                                                                                  : i_rx_stretch_num_stages;
assign o_rx_datapath_tb_sel                              =  i_rx_datapath_tb_sel;
assign o_rx_wr_adj_en                                    =  i_rx_wr_adj_en;
assign o_rx_rd_adj_en                                    =  i_rx_rd_adj_en;
assign o_rx_msb_rdptr_pipe_byp                           =  i_rx_msb_rdptr_pipe_byp;
assign o_tx_dv_gating_en                                 =  i_tx_dv_gating_en;
assign o_rx_adapter_lpbk_mode                            =  i_rx_adapter_lpbk_mode;
assign o_rx_aib_lpbk_en                                  =  i_rx_aib_lpbk_en;
assign o_tx_rev_lpbk                                     =  i_tx_rev_lpbk;
assign o_rx_hrdrst_user_ctl_en                           =  i_rx_hrdrst_user_ctl_en;
assign o_rx_usertest_sel                                 =  i_rx_usertest_sel;
assign o_rx_pld_8g_a1a2_k1k2_flag_polling_bypass         =  i_rx_pld_8g_a1a2_k1k2_flag_polling_bypass;
assign o_rx_10g_krfec_rx_diag_data_status_polling_bypass =  i_rx_10g_krfec_rx_diag_data_status_polling_bypass;
assign o_rx_pld_8g_wa_boundary_polling_bypass            =  i_rx_pld_8g_wa_boundary_polling_bypass;
assign o_rx_pcspma_testbus_sel                           =  i_rx_pcspma_testbus_sel;
assign o_rx_pld_pma_pcie_sw_done_polling_bypass          =  i_rx_pld_pma_pcie_sw_done_polling_bypass;
assign o_rx_pld_pma_reser_in_polling_bypass              =  i_rx_pld_pma_reser_in_polling_bypass;
assign o_rx_pld_pma_testbus_polling_bypass               =  i_rx_pld_pma_testbus_polling_bypass;
assign o_rx_pld_test_data_polling_bypass                 =  i_rx_pld_test_data_polling_bypass;
assign o_rx_async_pld_ltr_rst_val                        =  i_rx_async_pld_ltr_rst_val;
assign o_rx_async_pld_pma_ltd_b_rst_val                  =  i_rx_async_pld_pma_ltd_b_rst_val;
assign o_rx_async_pld_8g_signal_detect_out_rst_val       =  i_rx_async_pld_8g_signal_detect_out_rst_val;
assign o_rx_async_pld_10g_rx_crc32_err_rst_val           =  i_rx_async_pld_10g_rx_crc32_err_rst_val;
assign o_rx_async_pld_rx_fifo_align_clr_rst_val          =  i_rx_async_pld_rx_fifo_align_clr_rst_val;
assign o_rx_async_hip_en                                 =  i_rx_async_hip_en;
assign o_rx_parity_sel                                   =  r_ifctl_hwcfg_adpt_en ? SRPARITY_FUNC_SEL : i_rx_parity_sel;
assign o_rx_internal_clk1_sel0                           =  i_rx_internal_clk1_sel0;
assign o_rx_internal_clk1_sel1                           =  i_rx_internal_clk1_sel1;
assign o_rx_internal_clk1_sel2                           =  i_rx_internal_clk1_sel2;
assign o_rx_internal_clk1_sel3                           =  i_rx_internal_clk1_sel3;
assign o_rx_txfiford_pre_ct_sel                          =  i_rx_txfiford_pre_ct_sel;
assign o_rx_txfiford_post_ct_sel                         =  i_rx_txfiford_post_ct_sel;
assign o_rx_txfifowr_post_ct_sel                         =  i_rx_txfifowr_post_ct_sel;
assign o_rx_txfifowr_from_aib_sel                        =  i_rx_txfifowr_from_aib_sel;
assign o_rx_pma_coreclkin_sel                            =  i_rx_pma_coreclkin_sel;
assign o_rx_fifo_wr_clk_sel                              =  r_ifctl_hwcfg_adpt_en ? 
                                                            block_disabled        ? RXFIFOWRCLK_RX_EHIP   : 
                                                            mode_ehip             ? RXFIFOWRCLK_RX_EHIP   : 
                                                            mode_elane_pcs_rc     ? RXFIFOWRCLK_RX_ELANE  : 
                                                            mode_pmadir           ? RXFIFOWRCLK_XFER_DIV2 :
                                                            mode_rsfec            ? RXFIFOWRCLK_RX_RSFEC  : RXFIFOWRCLK_RX_EHIP
                                                                                  : i_rx_fifo_wr_clk_sel;
assign o_rx_fifo_rd_clk_sel                              =  r_ifctl_hwcfg_adpt_en ?
                                                            block_disabled        ? RXFIFORDCLK_RX_PMA      :
                                                            mode_pmadir           ? RXFIFORDCLK_RX_PMA      :
                                                            mode_ptp_active       ? RXFIFORDCLK_TX_XFER     :
                                                            mode_ehip             ? RXFIFORDCLK_TX_PMA      : 
                                                            mode_dirfec           ? RXFIFORDCLK_TX_PMA      : 
                                                            mode_rsfec            ? RXFIFORDCLK_TX_XFER     : 
                                                            mode_elane_1ch        ? RXFIFORDCLK_TX_PMA      : 
                                                            mode_elane_ptp        ? RXFIFORDCLK_RX_EHIP_FRD : 
                                                            mode_elane_pcs_rc     ? RXFIFORDCLK_TX_XFER     : RXFIFORDCLK_RX_PMA 
                                                                                  : i_rx_fifo_rd_clk_sel;
assign o_rx_internal_clk1_sel                            =  i_rx_internal_clk1_sel;
assign o_rx_internal_clk2_sel                            =  i_rx_internal_clk2_sel;
assign o_rx_fifo_wr_clk_scg_en                           =  r_ifctl_hwcfg_adpt_en ? 
                                                            block_disabled        ? ADPT_ENABLE  : 
                                                            mode_ehip             ? ADPT_DISABLE : 
                                                            mode_elane_pcs_rc     ? ADPT_DISABLE : 
                                                            mode_pmadir           ? ADPT_ENABLE  : 
                                                            mode_rsfec            ? ADPT_DISABLE : ADPT_ENABLE
                                                                                  : i_rx_fifo_wr_clk_scg_en;
assign o_rx_fifo_rd_clk_scg_en                           =  r_ifctl_hwcfg_adpt_en ?
                                                            block_disabled        ? ADPT_ENABLE  : 
                                                            mode_ehip             ? ADPT_DISABLE : 
                                                            mode_elane_pcs_rc     ? ADPT_DISABLE : 
                                                            mode_pmadir           ? ADPT_ENABLE  : 
                                                            mode_rsfec            ? ADPT_DISABLE : ADPT_ENABLE
                                                                                  : i_rx_fifo_rd_clk_scg_en;
assign o_rx_osc_clk_scg_en                               =  i_rx_osc_clk_scg_en;
assign o_rx_free_run_div_clk                             =  r_ifctl_hwcfg_adpt_en ? OUT_OF_RESET_SYNC : i_rx_free_run_div_clk;
assign o_rx_hrdrst_rst_sm_dis                            =  i_rx_hrdrst_rst_sm_dis;
assign o_rx_hrdrst_dcd_cal_done_bypass                   =  r_ifctl_hwcfg_adpt_en ? ADPT_DISABLE : i_rx_hrdrst_dcd_cal_done_bypass;
assign o_rx_rmfflag_stretch_enable                       =  r_ifctl_hwcfg_adpt_en ?
                                                            block_disabled        ? ADPT_DISABLE : ADPT_ENABLE 
                                                                                  : i_rx_rmfflag_stretch_enable;
assign o_rx_rmfflag_stretch_num_stages                   =  r_ifctl_hwcfg_adpt_en ? 
                                                            block_disabled        ? RMFFLAG_ZERO_STAGE : RMFFLAG_TWO_STAGE 
                                                                                  : i_rx_rmfflag_stretch_num_stages;
assign o_rx_hrdrst_rx_osc_clk_scg_en                     =  r_ifctl_hwcfg_adpt_en ?
                                                            block_disabled        ? ADPT_ENABLE : ADPT_DISABLE 
                                                                                  : i_rx_hrdrst_rx_osc_clk_scg_en;
assign o_rx_internal_clk2_sel0                           =  i_rx_internal_clk2_sel0;
assign o_rx_internal_clk2_sel1                           =  i_rx_internal_clk2_sel1;
assign o_rx_internal_clk2_sel2                           =  i_rx_internal_clk2_sel2;
assign o_rx_internal_clk2_sel3                           =  i_rx_internal_clk2_sel3;
assign o_rx_rxfifowr_pre_ct_sel                          =  i_rx_rxfifowr_pre_ct_sel;
assign o_rx_rxfifowr_post_ct_sel                         =  i_rx_rxfifowr_post_ct_sel;
assign o_rx_rxfiford_post_ct_sel                         =  i_rx_rxfiford_post_ct_sel;
assign o_rx_rxfiford_to_aib_sel                          =  i_rx_rxfiford_to_aib_sel;
assign o_avmm2_osc_clk_scg_en                            =  r_ifctl_hwcfg_adpt_en ? 
                                                            block_disabled        ? ADPT_ENABLE : ADPT_DISABLE 
                                                                                  : i_avmm2_osc_clk_scg_en;
assign o_sr_hip_en                                       =  r_ifctl_hwcfg_adpt_en ?
                                                            block_disabled        ? ADPT_DISABLE :
                                                            mode_ehip             ? ADPT_ENABLE  : 
                                                            mode_rsfec            ? ADPT_ENABLE  :  ADPT_DISABLE
                                                                                  : i_sr_hip_en;
assign o_sr_reserbits_in_en                              =  r_ifctl_hwcfg_adpt_en ?
                                                            block_disabled        ? ADPT_DISABLE : ADPT_ENABLE
                                                                                  : i_sr_reserbits_in_en;
assign o_sr_reserbits_out_en                             =  r_ifctl_hwcfg_adpt_en ?
                                                            block_disabled        ? ADPT_DISABLE : ADPT_ENABLE
                                                                                  : i_sr_reserbits_out_en;
assign o_sr_osc_clk_scg_en                               =  r_ifctl_hwcfg_adpt_en ?
                                                            block_disabled        ? ADPT_ENABLE : ADPT_DISABLE
                                                                                  : i_sr_osc_clk_scg_en;
assign o_sr_osc_clk_div_sel                              =  r_ifctl_hwcfg_adpt_en ?
                                                            block_disabled        ? NO_DIV : DIV2
                                                                                  : i_sr_osc_clk_div_sel;
assign o_sr_free_run_div_clk                             =  r_ifctl_hwcfg_adpt_en ? OUT_OF_RESET_SYNC : i_sr_free_run_div_clk;
assign o_sr_test_enable                                  =  i_sr_test_enable;
assign o_sr_parity_en                                    =  r_ifctl_hwcfg_adpt_en ? ADPT_DISABLE : i_sr_parity_en;
assign o_aib_dprio_ctrl_0                                =  i_aib_dprio_ctrl_0;
assign o_aib_dprio_ctrl_1                                =  i_aib_dprio_ctrl_1;
assign o_aib_dprio_ctrl_2                                =  i_aib_dprio_ctrl_2;
assign o_aib_dprio_ctrl_3                                =  i_aib_dprio_ctrl_3;
assign o_aib_dprio_ctrl_4                                =  i_aib_dprio_ctrl_4;
assign o_avmm_hrdrst_osc_clk_scg_en                      =  r_ifctl_hwcfg_adpt_en ? ADPT_DISABLE            : i_avmm_hrdrst_osc_clk_scg_en;
assign o_avmm_testbus_sel                                =  i_avmm_testbus_sel;
assign o_avmm1_osc_clk_scg_en                            =  r_ifctl_hwcfg_adpt_en ? ADPT_DISABLE            : i_avmm1_osc_clk_scg_en;
assign o_avmm1_avmm_clk_scg_en                           =  r_ifctl_hwcfg_adpt_en ? ADPT_DISABLE            : i_avmm1_avmm_clk_scg_en;
assign o_avmm1_avmm_clk_dcg_en                           =  r_ifctl_hwcfg_adpt_en ? ADPT_DISABLE            : i_avmm1_avmm_clk_dcg_en;
assign o_avmm1_free_run_div_clk                          =  r_ifctl_hwcfg_adpt_en ? AVMM1_OUT_OF_RESET_SYNC : i_avmm1_free_run_div_clk;
assign o_avmm1_rdfifo_full                               =  r_ifctl_hwcfg_adpt_en ? 6'b111000               : i_avmm1_rdfifo_full;
assign o_avmm1_rdfifo_stop_read                          =  r_ifctl_hwcfg_adpt_en ? AVMM1_RDFIFO_N_RD_EMPTY : i_avmm1_rdfifo_stop_read;
assign o_avmm1_rdfifo_stop_write                         =  r_ifctl_hwcfg_adpt_en ? AVMM1_RDFIFO_N_WR_FULL  : i_avmm1_rdfifo_stop_write;
assign o_avmm1_rdfifo_empty                              =  r_ifctl_hwcfg_adpt_en ? 6'b000000               : i_avmm1_rdfifo_empty;
assign o_avmm1_use_rsvd_bit1                             =  r_ifctl_hwcfg_adpt_en ? 1'b1                    : i_avmm1_use_rsvd_bit1;
assign o_avmm2_avmm_clk_scg_en                           =  r_ifctl_hwcfg_adpt_en ? ADPT_DISABLE            : i_avmm2_avmm_clk_scg_en;
assign o_avmm2_avmm_clk_dcg_en                           =  r_ifctl_hwcfg_adpt_en ? ADPT_DISABLE            : i_avmm2_avmm_clk_dcg_en;
assign o_avmm2_free_run_div_clk                          =  r_ifctl_hwcfg_adpt_en ? AVMM2_OUT_OF_RESET_SYNC : i_avmm2_free_run_div_clk;
assign o_avmm2_rdfifo_full                               =  r_ifctl_hwcfg_adpt_en ? 6'b111000               : i_avmm2_rdfifo_full;
assign o_avmm2_rdfifo_stop_read                          =  r_ifctl_hwcfg_adpt_en ? AVMM2_RDFIFO_N_RD_EMPTY : i_avmm2_rdfifo_stop_read;
assign o_avmm2_rdfifo_stop_write                         =  r_ifctl_hwcfg_adpt_en ? AVMM2_RDFIFO_N_WR_FULL  : i_avmm2_rdfifo_stop_write;
assign o_avmm2_rdfifo_empty                              =  r_ifctl_hwcfg_adpt_en ? 6'b000000               : i_avmm2_rdfifo_empty;
assign o_rstctl_tx_elane_ovrval                          =  i_rstctl_tx_elane_ovrval;
assign o_rstctl_tx_elane_ovren                           =  i_rstctl_tx_elane_ovren;
assign o_rstctl_rx_elane_ovrval                          =  i_rstctl_rx_elane_ovrval;
assign o_rstctl_rx_elane_ovren                           =  i_rstctl_rx_elane_ovren;
assign o_rstctl_tx_xcvrif_ovrval                         =  i_rstctl_tx_xcvrif_ovrval;
assign o_rstctl_tx_xcvrif_ovren                          =  i_rstctl_tx_xcvrif_ovren;
assign o_rstctl_rx_xcvrif_ovrval                         =  i_rstctl_rx_xcvrif_ovrval;
assign o_rstctl_rx_xcvrif_ovren                          =  i_rstctl_rx_xcvrif_ovren;
assign o_rstctl_tx_adpt_ovrval                           =  i_rstctl_tx_adpt_ovrval;
assign o_rstctl_tx_adpt_ovren                            =  i_rstctl_tx_adpt_ovren;
assign o_rstctl_rx_adpt_ovrval                           =  i_rstctl_rx_adpt_ovrval;
assign o_rstctl_rx_adpt_ovren                            =  i_rstctl_rx_adpt_ovren;
assign o_rstctl_tx_pld_div2_rst_opt                      =  i_rstctl_tx_pld_div2_rst_opt;
assign o_aib_csr_ctrl_0                                  =  scan_mode_n ? i_aib_csr_ctrl_0  : 8'h00;
assign o_aib_csr_ctrl_1                                  =  scan_mode_n ? i_aib_csr_ctrl_1  : 8'h00;
assign o_aib_csr_ctrl_2                                  =  scan_mode_n ? i_aib_csr_ctrl_2  : 8'h00;
assign o_aib_csr_ctrl_3                                  =  scan_mode_n ? i_aib_csr_ctrl_3  : 8'h00;
assign o_aib_csr_ctrl_4                                  =  scan_mode_n ? i_aib_csr_ctrl_4  : 8'h00;
assign o_aib_csr_ctrl_5                                  =  scan_mode_n ? i_aib_csr_ctrl_5  : 8'h00;
assign o_aib_csr_ctrl_6                                  =  scan_mode_n ? i_aib_csr_ctrl_6  : 8'h00;
assign o_aib_csr_ctrl_7                                  =  scan_mode_n ? i_aib_csr_ctrl_7  : 8'h00;
assign o_aib_csr_ctrl_8                                  =  scan_mode_n ? i_aib_csr_ctrl_8  : 8'h00;
assign o_aib_csr_ctrl_9                                  =  scan_mode_n ? i_aib_csr_ctrl_9  : 8'h00;
assign o_aib_csr_ctrl_10                                 =  scan_mode_n ? i_aib_csr_ctrl_10 : 8'h00;
assign o_aib_csr_ctrl_11                                 =  scan_mode_n ? i_aib_csr_ctrl_11 : 8'h00;
assign o_aib_csr_ctrl_12                                 =  scan_mode_n ? r_ifctl_hwcfg_aib_en  ? block_disabled  ? 8'h00 : 8'h19 
                                                                                                : i_aib_csr_ctrl_12
                                                                        : 8'h00;
assign o_aib_csr_ctrl_13                                 =  scan_mode_n ? r_ifctl_hwcfg_aib_en  ? block_disabled  ? 8'h00 : 8'hA6
                                                                                                : i_aib_csr_ctrl_13
                                                                        : 8'h00;
assign o_aib_csr_ctrl_14                                 =  scan_mode_n ? i_aib_csr_ctrl_14 : 8'h00;
assign o_aib_csr_ctrl_15                                 =  scan_mode_n ? i_aib_csr_ctrl_15 : 8'h00;
assign o_aib_csr_ctrl_16                                 =  scan_mode_n ? r_ifctl_hwcfg_aib_en  ?  block_disabled ? 8'h00 : 8'h02
                                                                                                : i_aib_csr_ctrl_16
                                                                        : 8'h00;
assign o_aib_csr_ctrl_17                                 =  scan_mode_n ? i_aib_csr_ctrl_17 : 8'h00;
assign o_aib_csr_ctrl_18                                 =  scan_mode_n ? r_ifctl_hwcfg_aib_en  ? block_disabled ? 8'h00 : 8'h40
                                                                                                : i_aib_csr_ctrl_18
                                                                        : 8'h00;
assign o_aib_csr_ctrl_19                                 =  scan_mode_n ? i_aib_csr_ctrl_19 : 8'h00;
assign o_aib_csr_ctrl_20                                 =  scan_mode_n ? i_aib_csr_ctrl_20 : 8'h00;
assign o_aib_csr_ctrl_21                                 =  scan_mode_n ? r_ifctl_hwcfg_aib_en  ? block_disabled  ? 8'h00 : 8'hB0
                                                                                                : i_aib_csr_ctrl_21
                                                                        : 8'h00;
assign o_aib_csr_ctrl_22                                 =  scan_mode_n ? r_ifctl_hwcfg_aib_en  ?  block_disabled ? 8'h00 : 8'h07
                                                                                                : i_aib_csr_ctrl_22
                                                                        : 8'h00;
assign o_aib_csr_ctrl_23                                 =  scan_mode_n ? r_ifctl_hwcfg_aib_en  ? block_disabled  ? 8'h00 : 8'hBF
                                                                                                : i_aib_csr_ctrl_23
                                                                        : 8'h00;
assign o_aib_csr_ctrl_24                                 =  scan_mode_n ? r_ifctl_hwcfg_aib_en  ? block_disabled  ? 8'h00 : 8'hE1
                                                                                                : i_aib_csr_ctrl_24
                                                                        : 8'h00;
assign o_aib_csr_ctrl_25                                 =  scan_mode_n ? r_ifctl_hwcfg_aib_en  ?  block_disabled ? 8'h00 : 8'h25
                                                                                                : i_aib_csr_ctrl_25
                                                                        : 8'h00;
assign o_aib_csr_ctrl_26                                 =  scan_mode_n ? r_ifctl_hwcfg_aib_en  ? block_disabled  ? 8'h00 : 8'h02
                                                                                                : i_aib_csr_ctrl_26
                                                                        : 8'h00;
assign o_aib_csr_ctrl_27                                 =  scan_mode_n ? i_aib_csr_ctrl_27 : 8'h00;
assign o_aib_csr_ctrl_28                                 =  scan_mode_n ? r_ifctl_hwcfg_aib_en  ? block_disabled ? 8'h00 : 8'h04
                                                                                                : i_aib_csr_ctrl_28
                                                                        : 8'h00;
assign o_aib_csr_ctrl_29                                 =  scan_mode_n ? i_aib_csr_ctrl_29 : 8'h00;
assign o_aib_csr_ctrl_30                                 =  scan_mode_n ? i_aib_csr_ctrl_30 : 8'h00;
assign o_aib_csr_ctrl_31                                 =  scan_mode_n ? i_aib_csr_ctrl_31 : 8'h00;
assign o_aib_csr_ctrl_32                                 =  scan_mode_n ? i_aib_csr_ctrl_32 : 8'h00;
assign o_aib_csr_ctrl_33                                 =  scan_mode_n ? i_aib_csr_ctrl_33 : 8'h00;
assign o_aib_csr_ctrl_34                                 =  scan_mode_n ? r_ifctl_hwcfg_aib_en  ?  block_disabled ? 8'h00 : 8'h1C
                                                                                                : i_aib_csr_ctrl_34
                                                                        : 8'h00;
assign o_aib_csr_ctrl_35                                 =  scan_mode_n ? r_ifctl_hwcfg_aib_en  ?  block_disabled ? 8'h00 : 8'h7F
                                                                                                : i_aib_csr_ctrl_35
                                                                        : 8'h00;
assign o_aib_csr_ctrl_36                                 =  scan_mode_n ? i_aib_csr_ctrl_36 : 8'h00;
assign o_aib_csr_ctrl_37                                 =  scan_mode_n ? r_ifctl_hwcfg_aib_en  ?  block_disabled ? 8'h00 : 8'h1C
                                                                                                : i_aib_csr_ctrl_37
                                                                        : 8'h00;
assign o_aib_csr_ctrl_38                                 =  scan_mode_n ? i_aib_csr_ctrl_38 : 8'h00;
assign o_aib_csr_ctrl_39                                 =  scan_mode_n ? i_aib_csr_ctrl_39 : 8'h00;
assign o_aib_csr_ctrl_40                                 =  scan_mode_n ? i_aib_csr_ctrl_40 : 8'h00;
assign o_aib_csr_ctrl_41                                 =  scan_mode_n ? i_aib_csr_ctrl_41 : 8'h00;
assign o_aib_csr_ctrl_42                                 =  scan_mode_n ? i_aib_csr_ctrl_42 : 8'h00;
assign o_aib_csr_ctrl_43                                 =  scan_mode_n ? i_aib_csr_ctrl_43 : 8'h00;
assign o_aib_csr_ctrl_44                                 =  scan_mode_n ? i_aib_csr_ctrl_44 : 8'h00;
assign o_aib_csr_ctrl_45                                 =  scan_mode_n ? i_aib_csr_ctrl_45 : 8'h00;
assign o_aib_csr_ctrl_46                                 =  scan_mode_n ? i_aib_csr_ctrl_46 : 8'h00;
assign o_aib_csr_ctrl_47                                 =  scan_mode_n ? i_aib_csr_ctrl_47 : 8'h00;
assign o_aib_csr_ctrl_48                                 =  scan_mode_n ? i_aib_csr_ctrl_48 : 8'h00;
assign o_aib_csr_ctrl_49                                 =  scan_mode_n ? i_aib_csr_ctrl_49 : 8'h00;
assign o_aib_csr_ctrl_50                                 =  scan_mode_n ? i_aib_csr_ctrl_50 : 8'h00;
assign o_aib_csr_ctrl_51                                 =  scan_mode_n ? i_aib_csr_ctrl_51 : 8'h00;
assign o_aib_csr_ctrl_52                                 =  scan_mode_n ? i_aib_csr_ctrl_52 : 8'h00;
assign o_aib_csr_ctrl_53                                 =  scan_mode_n ? i_aib_csr_ctrl_53 : 8'h00;

endmodule